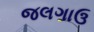
જલગાઉ